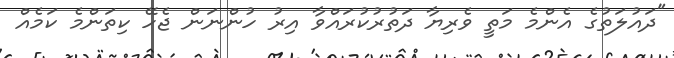
"ދައުލަތުގެ އެންމެ މަތީ ވެރިޔާ ދަތުރުކުރައްވާ އިރު ހުންނަން ޖެހޭ ކިތަންމެ ކަމެއް